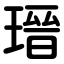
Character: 瑨